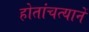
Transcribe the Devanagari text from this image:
होतांचत्यानें